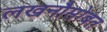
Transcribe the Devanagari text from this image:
लखनौसोबत